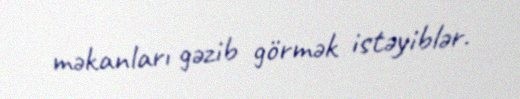
məkanları gəzib görmək istəyiblər.